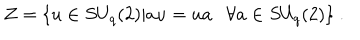
{ \cal Z } = \{ u \in S U _ { q } ( 2 ) | a u = u a \forall a \in S U _ { q } ( 2 ) \} ~ .